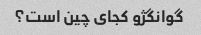
گوانگژو کجای چین است؟